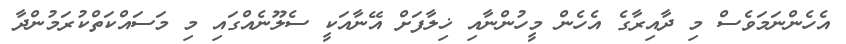
އެހެންނަމަވެސް މި ދާއިރާގެ އެހެން މީހުންނާއި ޚިލާފަށް އޭނާއަކީ ސެލޫނެއްގައި މި މަސައްކަތްކުރަމުންދާ